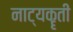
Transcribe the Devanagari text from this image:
नाट्यकॄती